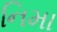
નિમા